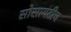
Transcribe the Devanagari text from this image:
सोसायटीच